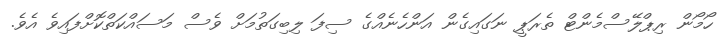
ހޯމޯން ރިޕްލޭސްމެންޓް ތެރަޕީ ނަގައިގެން އަންހެނެއްގެ ސިފަ ލިބިގަތުމަށް ވެސް މަސައްކަތްކޮށްފައިވެ އެވެ.